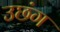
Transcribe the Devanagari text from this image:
उछंग